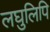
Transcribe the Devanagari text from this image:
लघुलिपि